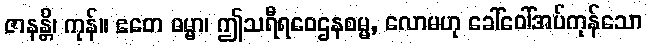
ဇာနန္တိ၊ ကုန်။ ဧတေ ဓမ္မာ၊ ဤသရီရဝေဌနစမ္မ, လောမဟု ခေါ်ဝေါ်အပ်ကုန်သော